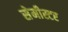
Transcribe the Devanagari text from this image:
सेमीस्टर